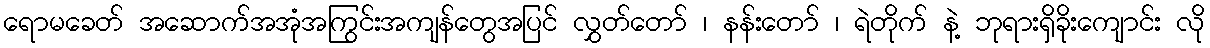
ရောမခေတ် အဆောက်အအုံအကြွင်းအကျန်တွေအပြင် လွှတ်တော် ၊ နန်းတော် ၊ ရဲတိုက် နဲ့ ဘုရားရှိခိုးကျောင်း လို